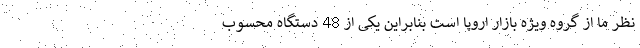
نظر ما از گروه ویژه بازار اروپا است بنابراین یکی از 48 دستگاه محسوب